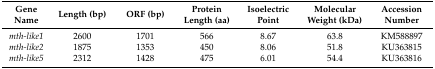
<table><thead><tr><td><b>Gene Name</b></td><td><b>Length (bp)</b></td><td><b>ORF (bp)</b></td><td><b>Protein Length (aa)</b></td><td><b>Isoelectric Point</b></td><td><b>Molecular Weight (kDa)</b></td><td><b>Accession Number</b></td></tr></thead><tbody><tr><td><i>mth-like1</i></td><td>2600</td><td>1701</td><td>566</td><td>8.67</td><td>63.8</td><td>KM588897</td></tr><tr><td><i>mth-like2</i></td><td>1875</td><td>1353</td><td>450</td><td>8.06</td><td>51.8</td><td>KU363815</td></tr><tr><td><i>mth-like5</i></td><td>2312</td><td>1428</td><td>475</td><td>6.01</td><td>54.4</td><td>KU363816</td></tr></tbody></table>